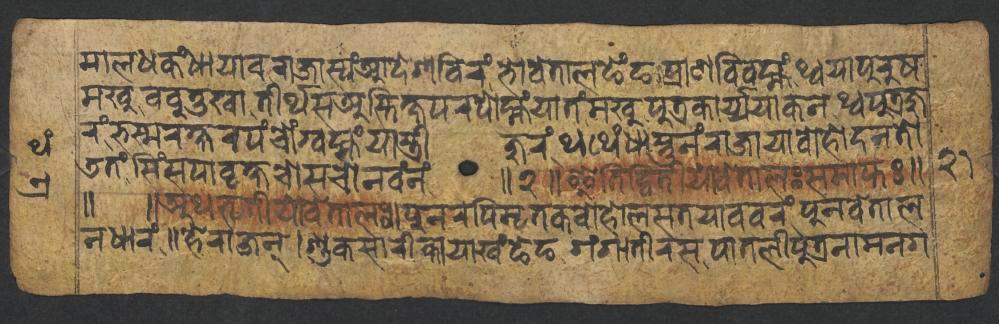
𑐩𑐵𑐮𑐢𑐎𑑄𑐢𑐵𑐫𑐵𑐰𑐬𑐵𑐖𑐵𑐳𑑂𑐫𑑄𑐁𑐡𑐾𑐱𑐧𑐶𑐬𑑄𑐨𑑀𑐰𑐾𑐟𑐵𑐮𑐒𑐾𑑄𑐒𑐥𑑂𑐬𑐵𑐞𑐧𑐶𑐰𑐩𑑂𑐴𑑄𑐠𑑂𑐰𑐫𑐵𑐥𑐸𑐬𑐸𑐲 𑐩𑐏𑐸𑐧𑐧𑐸𑐟𑐸𑐏𑐵𑐟𑐷𑐬𑑂𑐠𑐳𑐀𑐳𑑂𑐟𑐶𑐎𑑂𑐲𑐥𑐬𑐥𑑀𑐩𑑂𑐴𑑄𑐫𑐵𑐟𑑄𑐩𑐏𑐸𑐥𑐸𑐟𑑂𑐬𑐎𑐵𑐬𑑂𑐫𑑂𑐫𑐫𑐵𑐎𑐣𑐠𑑂𑐰𑐥𑐸𑐟𑑂𑐬𑐖𑐸 𑐬𑑄𑐨𑐳𑑂𑐩𑐬𑐎𑑂𑐲𑐬𑐥𑑄𑐔𑑀𑑄𑐐𑑂𑐰𑐩𑑂𑐴𑑄𑐫𑐵𑐳𑑂𑐟𑑂𑐬𑐷𑐖𑐸𑐬𑑄𑐠𑐠𑐾𑑄𑐢𑐵𑐳𑑂𑐟𑐸𑐣𑑄𑐬𑐵𑐖𑐵𑐫𑐵𑐧𑑀𑐴𑑀𑐡𑐣𑐟𑑀 𑐜𑐟𑑄𑐳𑐶𑑄𑐳𑐥𑐵𑐰𑐺𑐎𑑂𑐲𑐔𑑀𑐳𑐔𑑀𑐣𑐰𑑄𑐣𑑄 𑑌𑑒𑑌𑐂𑐟𑐶𑐡𑑂𑐰𑐶𑐟𑐷𑐫𑑀𑐰𑐾𑐟𑐵𑐮𑑅𑐳𑐩𑐵𑐥𑑂𑐟𑑅𑑌 𑑌 𑑌𑐀𑐠𑐟𑐺𑐟𑐷𑐫𑑀𑐰𑐾𑐟𑐵𑐮𑑅𑑌𑐥𑐸𑐣𑐬𑐥𑐶𑐩𑐺𑐟𑐎𑐧𑑀𑐴𑑀𑐮𑐳𑐟𑐫𑐵𑐰𑐰𑐬𑑄,𑐥𑐸𑐣𑐰𑐾𑐟𑐵𑐮 𑐣𑐢𑐵𑐬𑑄𑑌𑐴𑐾𑐬𑐵𑐖𑐣𑑂𑑋𑐱𑐸𑐎𑐳𑐵𑐬𑐶𑐎𑐵𑐫𑐵𑐏𑑄𑐒𑐾𑐒,𑐐𑑄𑐐𑐵𑐟𑐷𑐬𑐳𑐥𑐵𑐟𑐮𑐷𑐥𑐸𑐟𑑂𑐬𑐣𑐵𑐩𑐣𑐐